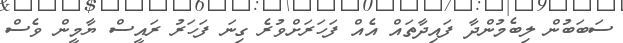
ސަބަބުން ލިބެމުންދާ ފައިދާތައް އެއް ފަހަރަށްވުރެ ގިނަ ފަހަރު ރައީސް ޔާމީން ވެސް